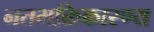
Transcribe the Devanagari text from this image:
नतभक्तिकारण्य